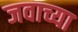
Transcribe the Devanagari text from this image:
जवाच्या